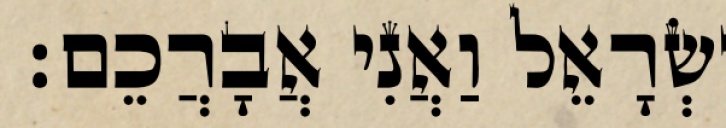
יִשְׂרָאֵל וַאֲנִי אֲבָרֲכֵם׃